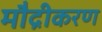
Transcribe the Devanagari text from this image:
मौद्रीकरण